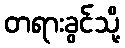
တရားခွင်သို့